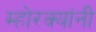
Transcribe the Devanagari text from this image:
म्होरक्‍यांनी